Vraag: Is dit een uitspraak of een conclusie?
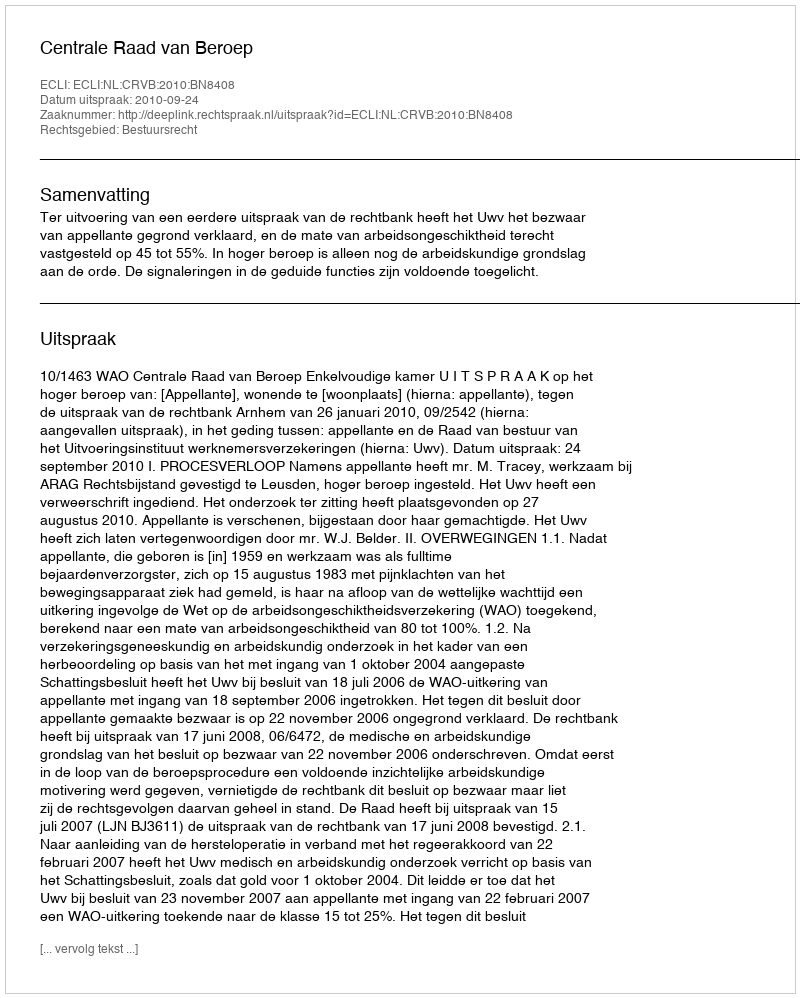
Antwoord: Uitspraak